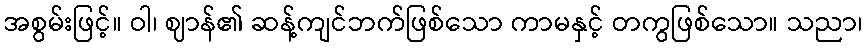
အစွမ်းဖြင့်။ ဝါ၊ ဈာန်၏ ဆန့်ကျင်ဘက်ဖြစ်သော ကာမနှင့် တကွဖြစ်သော။ သညာ၊